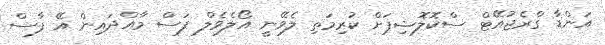
އަންޑާ ގްރެޖުއޭޓް ސްކޮލޮޝިޕަށް ކުރިމަތި ލެވޭނީ އޯލެވެލް ފަސް މާއްދައިން އޭ ފާސް